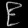
Digit: ၉